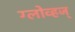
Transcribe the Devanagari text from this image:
ग्लोव्हज्